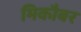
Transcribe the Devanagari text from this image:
मिकौबर